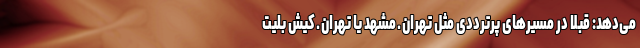
می‌دهد: قبلا در مسیرهای پرترددی مثل تهران ـ مشهد یا تهران ـ کیش بلیت